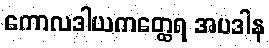
ကောလဒါယကတ္ထေရ အပဒါန